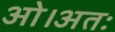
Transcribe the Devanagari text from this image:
ओ।अतः